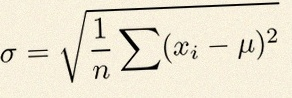
\sigma=\sqrt{\frac1n\sum(x_i-\mu)^2}